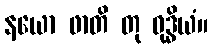
နယော ဖာတိ တု ဝုဒ္ဓိယံ။